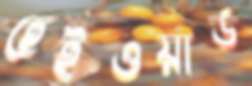
হেইওয়ার্ড